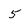
Character: 5